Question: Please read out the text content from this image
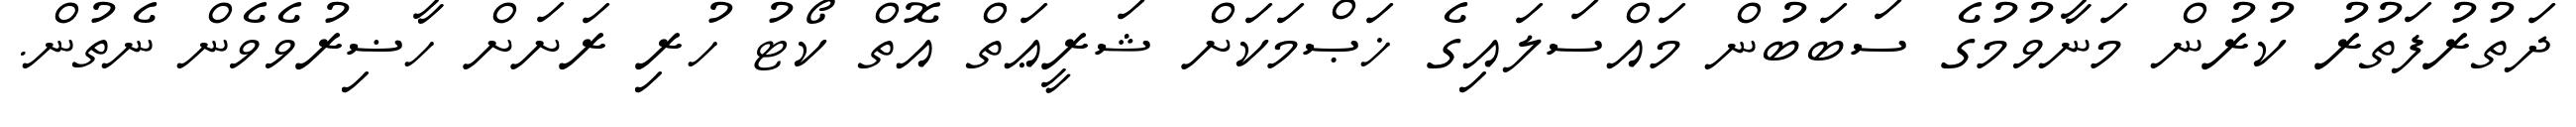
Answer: ދަތުރުފަތުރު ކުރުން މަނާވުމުގެ ސަބަބުން މައްސަލައިގެ ޚަޞްމަކަށް ޝަރީޢަތް އޮތް ކޯޓު ހުރި ރަށަށް ހާޟިރުވެވެން ނެތުން.